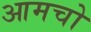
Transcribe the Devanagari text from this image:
आमचो